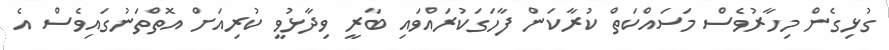
ގުޅިގެން މިހާރުވެސް މަސައްކަތް ކުރާކަން ފާހަގަކުރައްވައި ބާރީ ވިދާޅުވީ ކުރިއަށް އޮޮތްތަނުގައިވެސް އެ